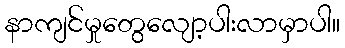
နာကျင်မှုတွေလျော့ပါးလာမှာပါ။